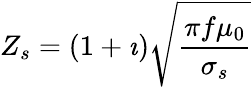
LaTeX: Z_{s}=(1+\imath)\sqrt{\frac{\pi f\mu_{0}}{\sigma_{s}}}